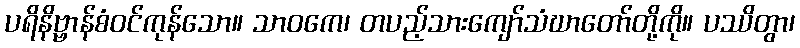
ပရိနိဗ္ဗာန်စံဝင်ကုန်သော။ သာဝကေ၊ တပည့်သားကျော်သံဃာတော်တို့ကို။ ပဿိတွာ၊